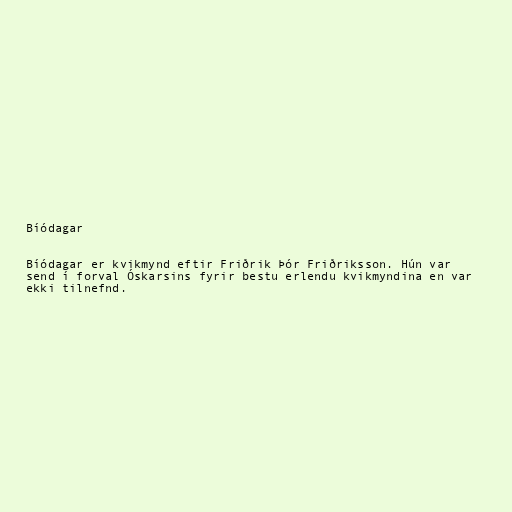
Bíódagar

Bíódagar er kvikmynd eftir Friðrik Þór Friðriksson. Hún var
send í forval Óskarsins fyrir bestu erlendu kvikmyndina en var
ekki tilnefnd.